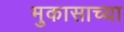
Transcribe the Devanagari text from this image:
मुकासाच्या